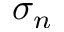
\sigma _ { n }